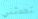
تحدثني